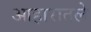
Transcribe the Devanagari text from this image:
आहारातले